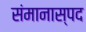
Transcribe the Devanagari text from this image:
संमानास्पद